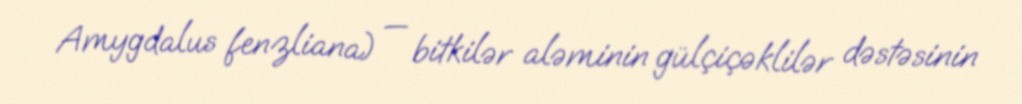
Amygdalus fenzliana) — bitkilər aləminin gülçiçəklilər dəstəsinin